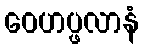
ဝေဟပ္ဖလာနံ